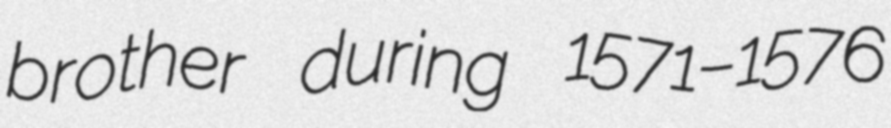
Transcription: brother during 1571–1576